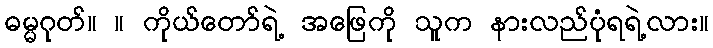
ဓမ္မဂုတ်။ ။ ကိုယ်တော်ရဲ့ အဖြေကို သူက နားလည်ပုံရရဲ့လား။